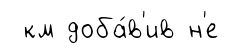
км доба́в'ив н'е